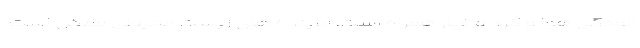
آلودگی هوا و گرد و غبار همراه است، آلاینده های زیست محیطی ممکن است